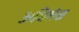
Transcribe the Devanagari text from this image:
अधिलेख